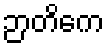
ဉာတိကေ